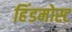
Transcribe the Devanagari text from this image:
हिंडमोस्ट